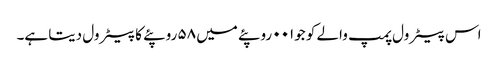
اس پیٹرول پمپ والے کو جو۰۰۱ روپئے میں ۵۸ روپئے کا پیٹرول دیتا ہے۔